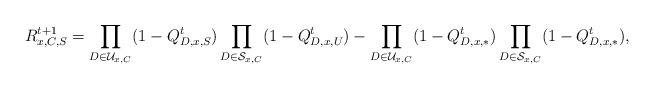
\begin{align*}R_{x,C,S}^{t+1}&=\prod_{D\in\mathcal{U}_{x,C}}(1- Q_{D,x,S}^t)\prod_{D\in\mathcal{S}_{x,C}}(1- Q_{D,x,U}^t)-\prod_{D\in\mathcal{U}_{x,C}}(1- Q_{D,x,*}^t)\prod_{D\in\mathcal{S}_{x,C}}(1- Q_{D,x,*}^t),\end{align*}